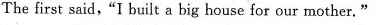
The first said,"I built a big house for our mother."